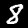
Label: 8